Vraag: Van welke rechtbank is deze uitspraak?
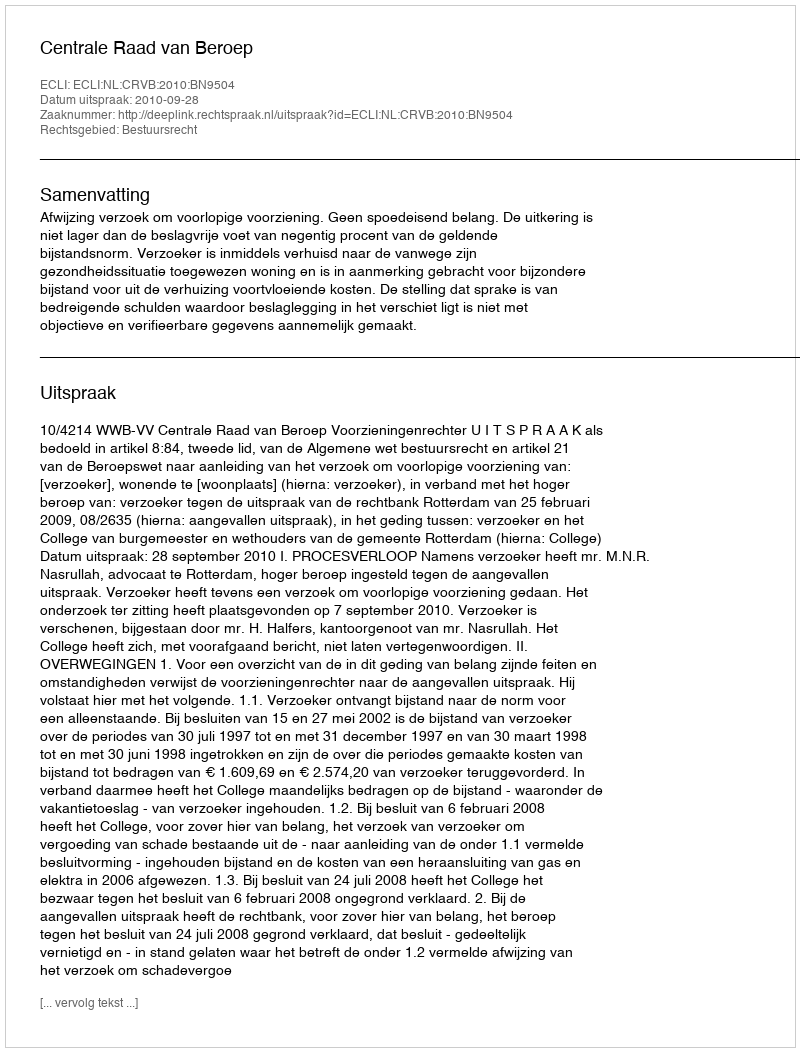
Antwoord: Centrale Raad van Beroep